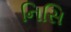
નિસિ